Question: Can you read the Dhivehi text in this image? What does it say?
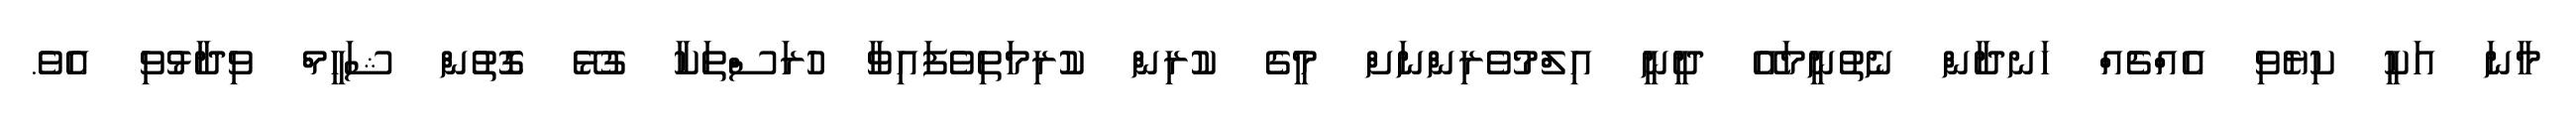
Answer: މާނަ އަކީ ކިޔެވި އެއްޗެއް ހަނދާން ނެތުނީމައޭ ދީނީ އިލްމުވެރިންނަށް މީގެ ކުރިން ކުރިމަތިވެފައިވާ ހުރަސްތަކާ ގުޅޭ ގޮތުން ޝަހީމް ވިދާޅުވި އެވެ.